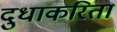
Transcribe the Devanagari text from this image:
दुधाकरिता